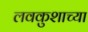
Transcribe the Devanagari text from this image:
लवकुशाच्या